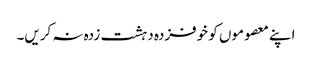
اپنے معصوموں کو خوفزدہ دہشت زدہ نہ کریں۔